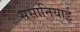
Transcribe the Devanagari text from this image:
ससानियाई